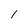
Character: 1